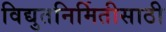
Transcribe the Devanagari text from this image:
विद्युतनिर्मितीसाठी